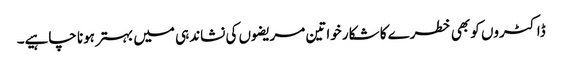
ڈاکٹروں کو بھی خطرے کا شکار خواتین مریضوں کی نشاندہی میں بہتر ہونا چاہیے۔